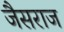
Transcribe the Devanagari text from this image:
जैसराज